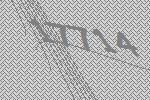
17714